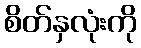
စိတ်နှလုံးကို